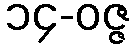
၁၄-ဝဇ္ဇ